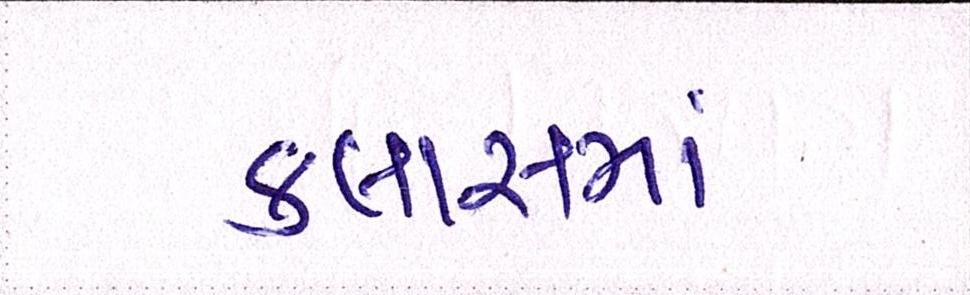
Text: ક્લાસમાં